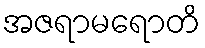
အဇရာမရောတိ